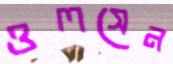
ওলসেন